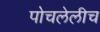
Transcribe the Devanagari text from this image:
पोचलेलीच